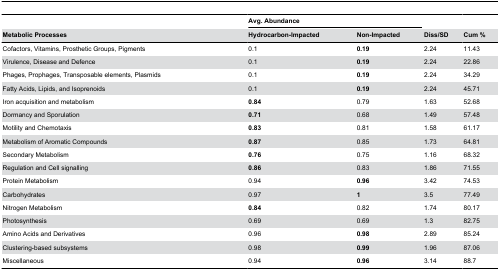
|  | <COLSPAN=2> Avg. Abundance |  |  |
 | Metabolic Processes | Hydrocarbon-Impacted | Non-Impacted | Diss/SD | Cum % |
 | --- | --- | --- | --- | --- |
 | Cofactors, Vitamins, Prosthetic Groups, Pigments | 0.1 | 0.19 | 2.24 | 11.43 |
 | Virulence, Disease and Defence | 0.1 | 0.19 | 2.24 | 22.86 |
 | Phages, Prophages, Transposable elements, Plasmids | 0.1 | 0.19 | 2.24 | 34.29 |
 | Fatty Acids, Lipids, and Isoprenoids | 0.1 | 0.19 | 2.24 | 45.71 |
 | Iron acquisition and metabolism | 0.84 | 0.79 | 1.63 | 52.68 |
 | Dormancy and Sporulation | 0.71 | 0.68 | 1.49 | 57.48 |
 | Motility and Chemotaxis | 0.83 | 0.81 | 1.58 | 61.17 |
 | Metabolism of Aromatic Compounds | 0.87 | 0.85 | 1.73 | 64.81 |
 | Secondary Metabolism | 0.76 | 0.75 | 1.16 | 68.32 |
 | Regulation and Cell signalling | 0.86 | 0.83 | 1.86 | 71.55 |
 | Protein Metabolism | 0.94 | 0.96 | 3.42 | 74.53 |
 | Carbohydrates | 0.97 | 1 | 3.5 | 77.49 |
 | Nitrogen Metabolism | 0.84 | 0.82 | 1.74 | 80.17 |
 | Photosynthesis | 0.69 | 0.69 | 1.3 | 82.75 |
 | Amino Acids and Derivatives | 0.96 | 0.98 | 2.89 | 85.24 |
 | Clustering-based subsystems | 0.98 | 0.99 | 1.96 | 87.06 |
 | Miscellaneous | 0.94 | 0.96 | 3.14 | 88.7 |